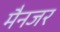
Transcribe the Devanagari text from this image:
मैनजर